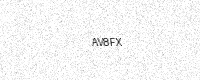
Text: AV8FX